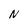
Character: N